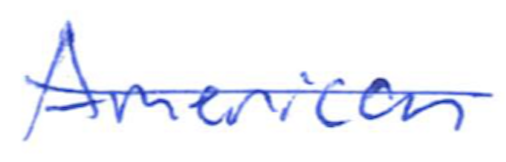
Text: American
Cross-out: single-line
Writing tool: ballpoint